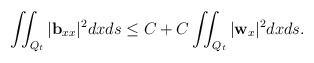
\begin{align*} & \iint_{Q_t}|\mathbf{b}_{xx}|^2dxds \leq C+ C\iint_{Q_t} |\mathbf{w}_x|^2dxds.\end{align*}